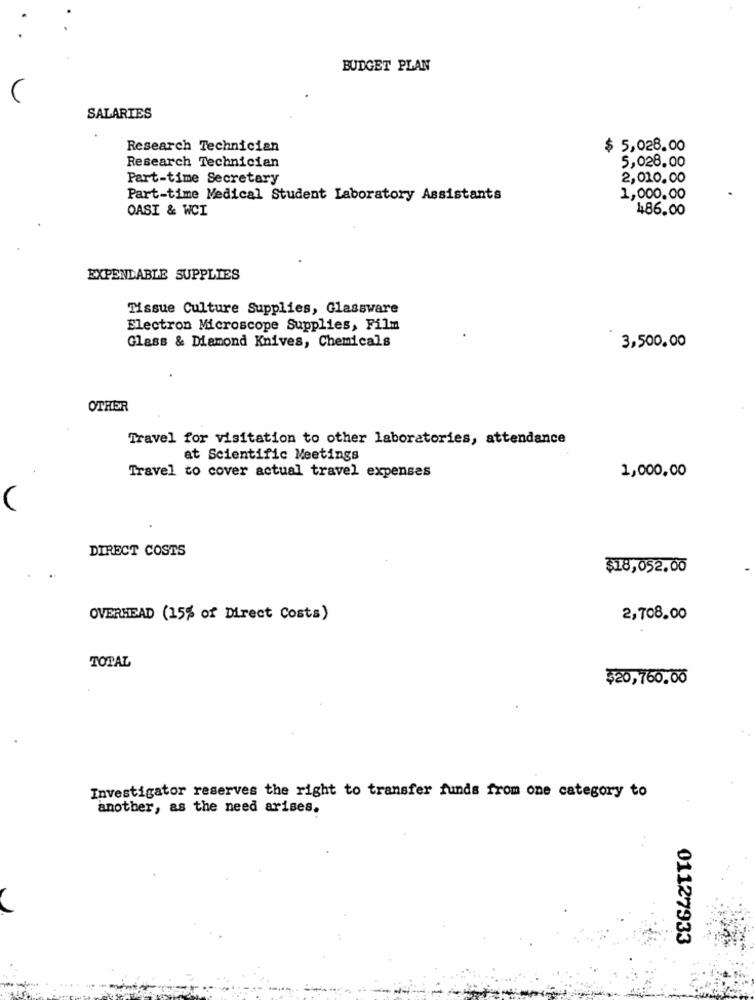
BUDGET PLAN
SALARIES
Research Technician
$ 5,028.00
Research Technician
5,028.00
Part-time Secretary
2,010.00
Part-time Medical Student Laboratory Assistants
1,000.00
OASI & WCI
486.00
EXPENDABLE SUPPLIES
Tissue Culture Supplies, Glassware
Electron Microscope Supplies, Film
Glass & Diamond Knives, Chemicals
3,500.00
OTHER
Travel for visitation to other laboratories, attendance
at Scientific Meetings
Travel to cover actual travel expenses
1,000,00
DIRECT COSTS
$18,052.00
OVERHEAD (15% of Direct Costs)
2,708.00
TOTAL
$20,760.00
Investigator reserves the right to transfer funds from one category to
another, as the need arises.
01127933